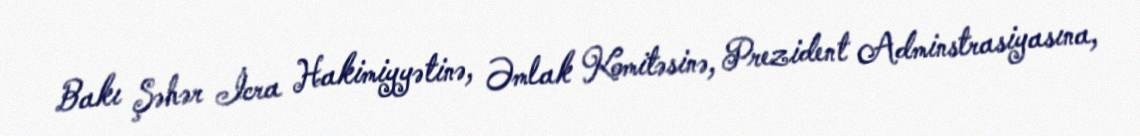
Bakı Şəhər İcra Hakimiyyətinə, Əmlak Komitəsinə, Prezident Adminstrasiyasına,